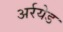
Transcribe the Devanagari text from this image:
अर्रयेड